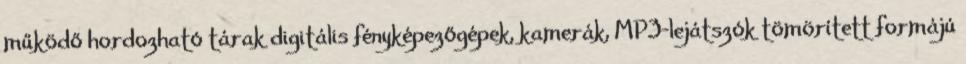
működő hordozható tárak digitális fényképezőgépek, kamerák, MP3-lejátszók tömörített formájú